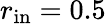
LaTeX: r_{\mathrm{in}}=0.5